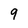
Character: 9